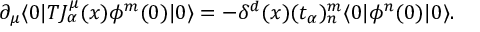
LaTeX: \partial _ { \mu } \langle 0 | T J _ { \alpha } ^ { \mu } ( x ) \phi ^ { m } ( 0 ) | 0 \rangle = - \delta ^ { d } ( x ) ( t _ { \alpha } ) _ { n } ^ { m } \langle 0 | \phi ^ { n } ( 0 ) | 0 \rangle .